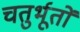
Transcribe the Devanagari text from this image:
चतुर्भूतों